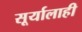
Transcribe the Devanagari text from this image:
सूर्यालाही